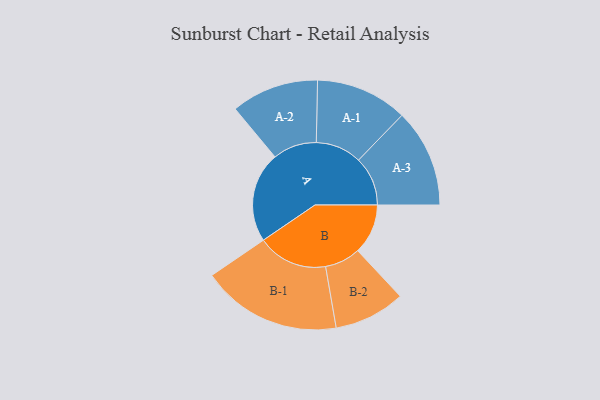
{"axis": {"x": "Segment", "y": "Value"}, "legend": ["", "A", "B"], "data": [{"x": "A", "y": 254, "type": ""}, {"x": "B", "y": 141, "type": ""}, {"x": "A-1", "y": 129, "type": "A"}, {"x": "A-2", "y": 123, "type": "A"}, {"x": "A-3", "y": 138, "type": "A"}, {"x": "B-1", "y": 197, "type": "B"}, {"x": "B-2", "y": 100, "type": "B"}]}